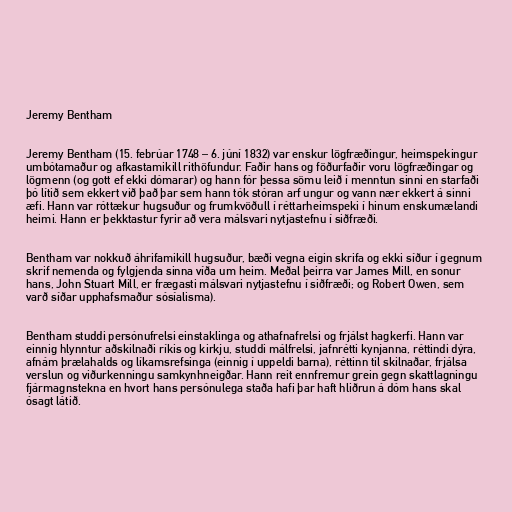
Jeremy Bentham

Jeremy Bentham (15. febrúar 1748 – 6. júní 1832) var enskur lögfræðingur, heimspekingur
umbótamaður og afkastamikill rithöfundur. Faðir hans og föðurfaðir voru lögfræðingar og
lögmenn (og gott ef ekki dómarar) og hann fór þessa sömu leið í menntun sinni en starfaði
þó lítið sem ekkert við það þar sem hann tók stóran arf ungur og vann nær ekkert á sinni
æfi. Hann var róttækur hugsuður og frumkvöðull í réttarheimspeki í hinum enskumælandi
heimi. Hann er þekktastur fyrir að vera málsvari nytjastefnu í siðfræði.

Bentham var nokkuð áhrifamikill hugsuður, bæði vegna eigin skrifa og ekki síður í gegnum
skrif nemenda og fylgjenda sinna víða um heim. Meðal þeirra var James Mill, en sonur
hans, John Stuart Mill, er frægasti málsvari nytjastefnu í siðfræði; og Robert Owen, sem
varð síðar upphafsmaður sósíalisma).

Bentham studdi persónufrelsi einstaklinga og athafnafrelsi og frjálst hagkerfi. Hann var
einnig hlynntur aðskilnaði ríkis og kirkju, studdi málfrelsi, jafnrétti kynjanna, réttindi dýra,
afnám þrælahalds og líkamsrefsinga (einnig í uppeldi barna), réttinn til skilnaðar, frjálsa
verslun og viðurkenningu samkynhneigðar. Hann reit ennfremur grein gegn skattlagningu
fjármagnstekna en hvort hans persónulega staða hafi þar haft hliðrun á dóm hans skal
ósagt látið.